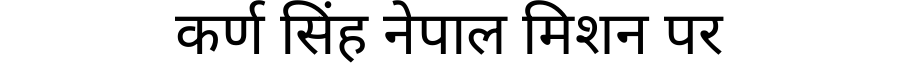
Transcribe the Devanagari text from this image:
कर्ण सिंह नेपाल मिशन पर